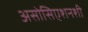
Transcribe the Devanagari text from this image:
असोसिएशनशी